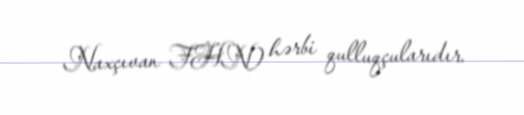
Naxçıvan FHN) hərbi qulluqçularıdır.